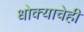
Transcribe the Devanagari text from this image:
धोक्याचेही